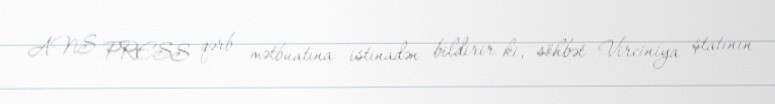
ANS PRESS qərb mətbuatına istinadən bildirir ki, söhbət Virciniya ştatının